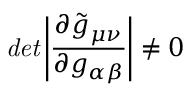
{ \it d e t } \left| \frac { \partial \tilde { g } _ { \mu \nu } } { \partial g _ { \alpha \beta } } \right| \neq 0